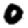
Digit: 0